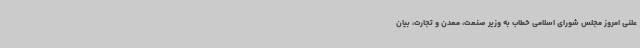
علنی امروز مجلس شورای اسلامی خطاب به وزیر صنعت، معدن و تجارت، بیان